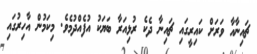
ޗައިނާއާ ވަރަށް ކައިރީގައި ޗައިނާ ދެކެ ރުޅިއަރާ ބަޔަކު އުފެއްދުމެވެ. މިކަމުން އާހިރުގައި